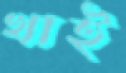
খাই